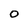
Character: 0